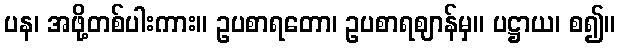
ပန၊ အဖို့တစ်ပါးကား။ ဥပစာရတော၊ ဥပစာရဈာန်မှ။ ပဋ္ဌာယ၊ စ၍။